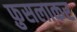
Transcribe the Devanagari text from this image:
फ़ुसलाकर